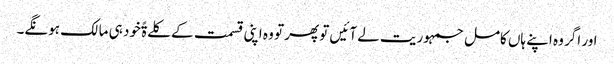
اور اگر وہ اپنے ہاں کامل جمہوریت لے آئیں تو پھر تو وہ اپنی قسمت کے کلےۃًخود ہی مالک ہونگے۔